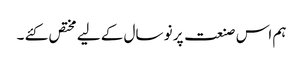
ہم اس صنعت پر نو سال کے لیے مختص کئے ۔